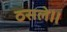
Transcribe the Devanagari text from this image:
ठसले॥